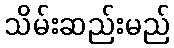
သိမ်းဆည်းမည်